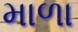
માળા